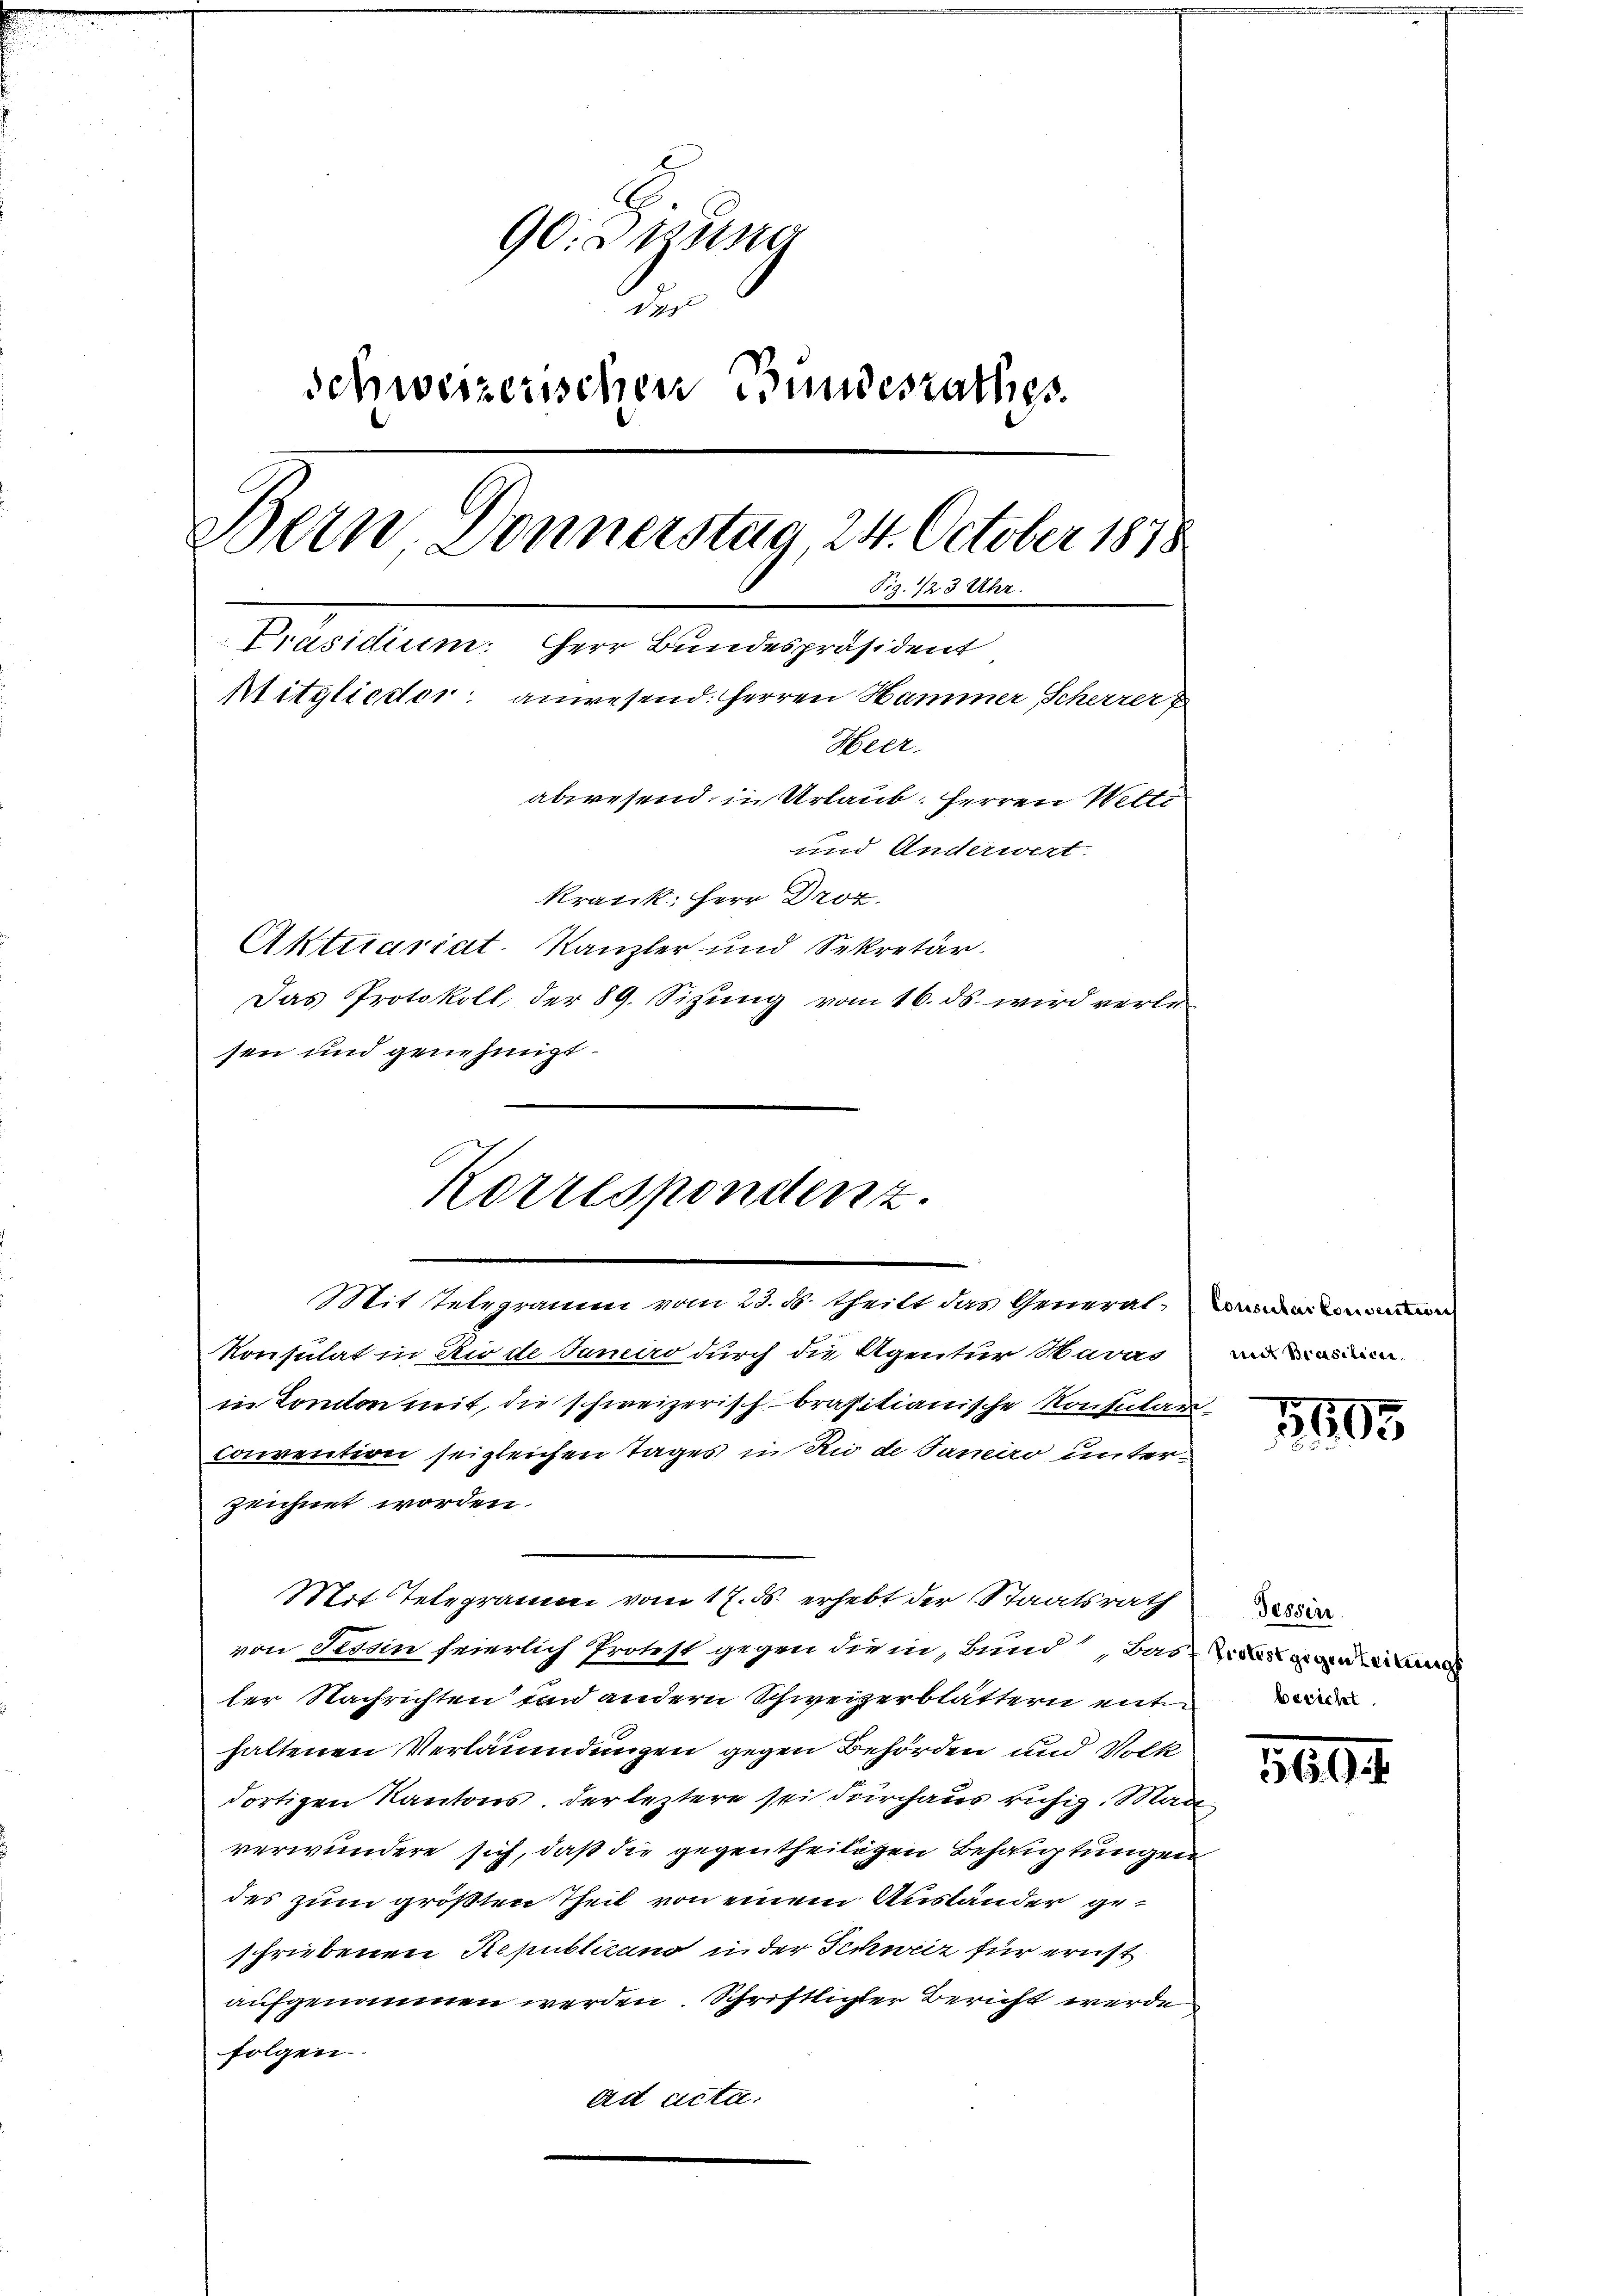
90. Digung
der
schweizerischen Bundesrathes
Bern Donnerstag, 24. October 1878
Tiz. 723 Uhr.
Präsidium. Herr Bundespräsident
Mitglieder: anwesend: Herren Hammer Scherrer
Heer
abwesend, in Urlaub. Herren Wetti
und Anderwert.
kratik, Herr Droz.
Aktuariat-Kanzler und Sekretär.
Das Protokoll, der 89. Sizung vom 16. ds. wird verle
sen und genehmigt.

Korrespondenz.
Mittelegramm vom 23. d. theilt das Generalen

Konsulat in Rio de Janeiro durch die Agentur Havas
in London mit, die schweizerisch-brasitianische Konsular-
convention sei gleichen Tages in Rio de Janeiro unterzeichnet worden.
Wert Telegramm vom 17. ds. erhebt der Staatsrath
von Tessin seierlich Protest gegen die in Bund Basels gegen
ler Nachrichten und andern Schweizerblättern ent
haltenen Verläumdungen gegen Behörden und Volk
dortigen Kantons. Der leztere sei durchaus ruhig. Mari
verwundere sich, daß die gegentheiligen Behauptungen
des zum größten Theil von einem Ausländer geschriebenen Republicano in der Schweiz für ernst
aufgenommen werden. Schriftlichter Bericht werden
folgen.
ad acta.

weit Brasilicei.

1195

Tessin

5604